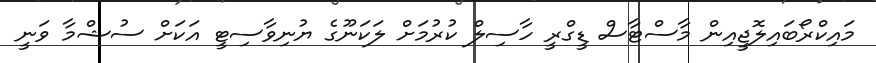
މައިކްރޯބައިލޮޖީއިން މާސްޓާސް ޑީގްރީ ހާސިލް ކުރުމަށް ލަކަނޫގެ ޔުނިވާސިޓީ އަކަށް ސުޝްމާ ވަނީ